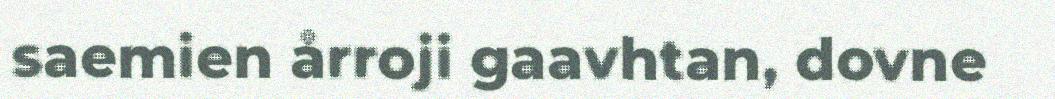
saemien årroji gaavhtan, dovne